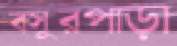
বসুরপাড়া